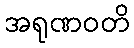
အရုဏဝတိ